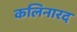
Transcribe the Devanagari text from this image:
कलिनारद